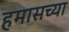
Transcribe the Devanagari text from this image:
हमासच्या